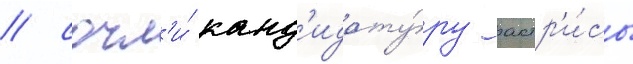
/ сочл'и́ канд'идату́ру актр'и́сы